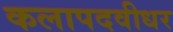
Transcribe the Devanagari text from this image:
कलापदवीधर